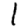
Digit: 1